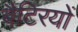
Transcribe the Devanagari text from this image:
बैटिरयों